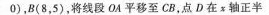
0)，B(8，5)，将线段OA平移至CB，点D在x轴正半